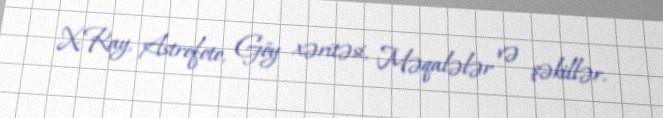
X-Ray, Astrofoto, Göy xəritəsi, Məqalələr və şəkillər.